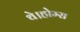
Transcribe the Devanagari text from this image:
थे।होम्स